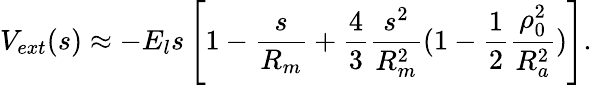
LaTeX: V_{ext}(s)\approx-E_{l}s\left[1-\frac{s}{R_{m}}+\frac{4}{3}\frac{s^{2}}{R_{m}^{2}}(1-\frac{1}{2}\frac{\rho_{0}^{2}}{R_{a}^{2}})\right].